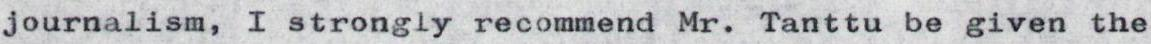
journalism, I strongly recommend Mr. Tanttu be given the